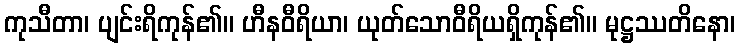
ကုသီတာ၊ ပျင်းရိကုန်၏။ ဟီနဝီရိယာ၊ ယုတ်သောဝီရိယရှိကုန်၏။ မုဋ္ဌဿတိနော၊